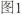
图1